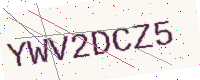
Text: YWV2DCZ5